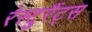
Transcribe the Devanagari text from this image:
रेस्टुरैंट्स